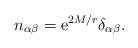
LaTeX: \begin{align*} n_{\alpha \beta} = \mathrm{e}^{2 M/r} \delta_{\alpha \beta}.\end{align*}